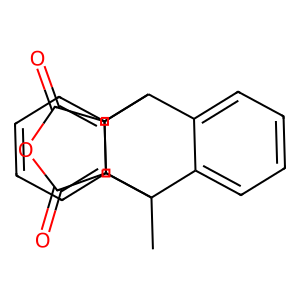
SMILES: CC12c3ccccc3C(c3ccccc31)C1C(=O)OC(=O)C12
Inhibits HIV replication: No